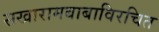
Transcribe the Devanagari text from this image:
सखारामबाबाविरचित